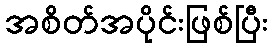
အစိတ်အပိုင်းဖြစ်ပြီး